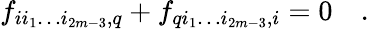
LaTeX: f_{ii_{1}\dots i_{2m-3},q}+f_{qi_{1}\dots i_{2m-3},i}=0\quad.